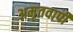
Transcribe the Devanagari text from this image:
अमृतवापी